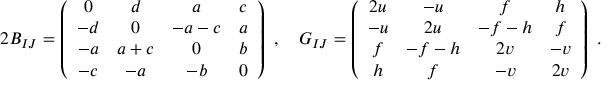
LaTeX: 2 B _ { I J } = \left( \begin{array} { c c c c } { { 0 } } & { { d } } & { { a } } & { { c } } \\ { { - d } } & { { 0 } } & { { - a - c } } & { { a } } \\ { { - a } } & { { a + c } } & { { 0 } } & { { b } } \\ { { - c } } & { { - a } } & { { - b } } & { { 0 } } \end{array} \right) ~ , ~ ~ ~ G _ { I J } = \left( \begin{array} { c c c c } { { 2 u } } & { { - u } } & { { f } } & { { h } } \\ { { - u } } & { { 2 u } } & { { - f - h } } & { { f } } \\ { { f } } & { { - f - h } } & { { 2 v } } & { { - v } } \\ { { h } } & { { f } } & { { - v } } & { { 2 v } } \end{array} \right) ~ .